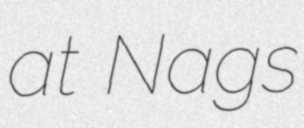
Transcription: at Nags